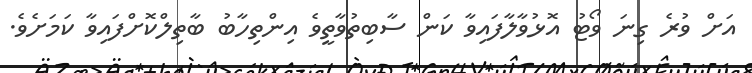
އަށް ވުރެ ގިނަ ވޯޓު އޮޅުވާލާފައިވާ ކަން ސާބިތުވާތީވެ އިންތިހާބު ބާތިލްކޮށްފައިވާ ކަމަށެވެ.